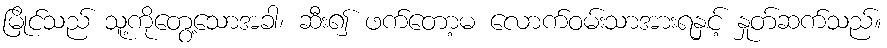
မြိုင်သည် သူ့ကိုတွေ့သောအခါ၊ ဆီး၍ ဖက်တော့မ လောက်ဝမ်းသာအားရနှင့် နှုတ်ဆက်သည်။